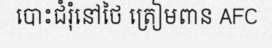
បោះជំរុំនៅថៃ ត្រៀមពាន AFC